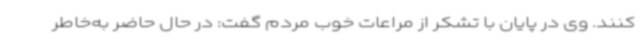
کنند. وی در پایان با تشکر از مراعات خوب مردم گفت: در حال حاضر به‌خاطر